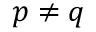
p \neq q